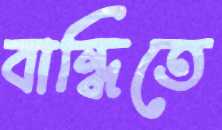
বান্ধিতে